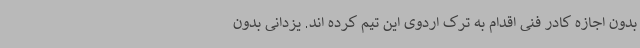
بدون اجازه کادر فنی اقدام به ترک اردوی این تیم کرده اند. یزدانی بدون